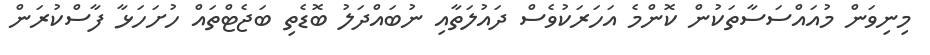
މިނިވަން މުއައްސަސާތަކުން ކޮންމެ އަހަރަކުވެސް ދައުލަތާއި ނުބައްދަލު ބޮޑެތި ބަޖެޓްތައް ހުށަހަޅާ ފާސްކުރަން